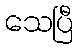
သေပြီ